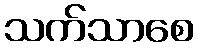
သက်သာစေ